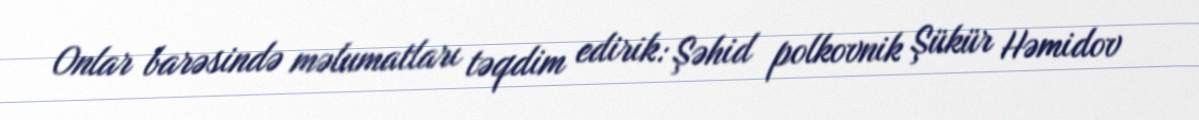
Onlar barəsində məlumatları təqdim edirik: Şəhid polkovnik Şükür Həmidov